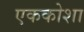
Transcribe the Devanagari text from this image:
एककोशा